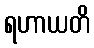
ရဟာယတိ